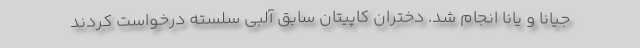
جیانا و یانا انجام شد. دختران کاپیتان سابق آلبی سلسته درخواست کردند